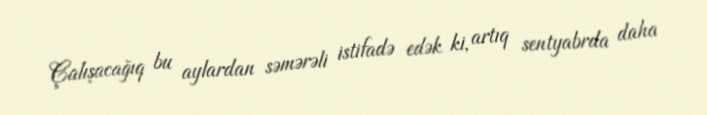
Çalışacağıq bu aylardan səmərəli istifadə edək ki, artıq sentyabrda daha